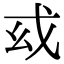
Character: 𢦙